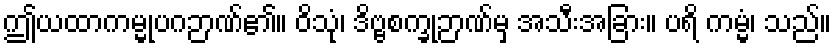
ဤယထာကမ္မုပဂဉာဏ်၏။ ဝိသုံ၊ ဒိဗ္ဗစက္ခုဉာဏ်မှ အသီးအခြား။ ပရိ ကမ္မံ၊ သည်။